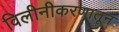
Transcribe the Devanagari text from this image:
विलीनीकरणातून